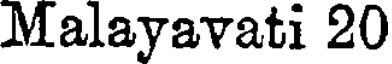
Malayavati 20